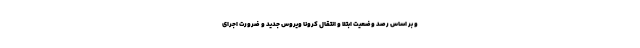
و بر اساس رصد وضعیت ابتلا و انتقال کرونا ویروس جدید و ضرورت اجرای